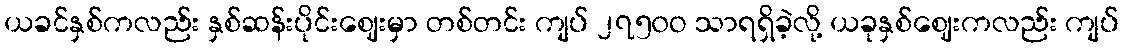
ယခင်နှစ်ကလည်း နှစ်ဆန်းပိုင်းဈေးမှာ တစ်တင်း ကျပ် ၂၇၅၀ဝ သာရရှိခဲ့လို့ ယခုနှစ်ဈေးကလည်း ကျပ်